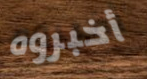
أخبروه